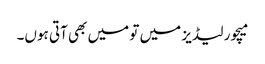
میچور لیڈیز میں تو میں بھی آتی ہوں۔